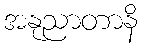
အနုညာတာနိ